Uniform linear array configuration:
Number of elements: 12
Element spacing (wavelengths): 0.5
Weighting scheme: exponential
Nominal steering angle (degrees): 60
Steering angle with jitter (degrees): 61.275
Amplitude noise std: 0.05
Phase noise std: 0.05

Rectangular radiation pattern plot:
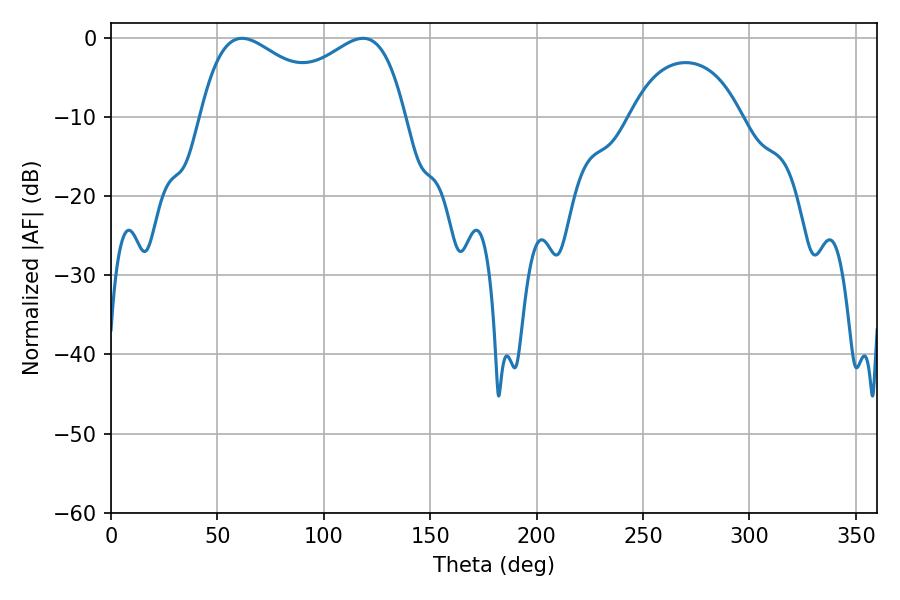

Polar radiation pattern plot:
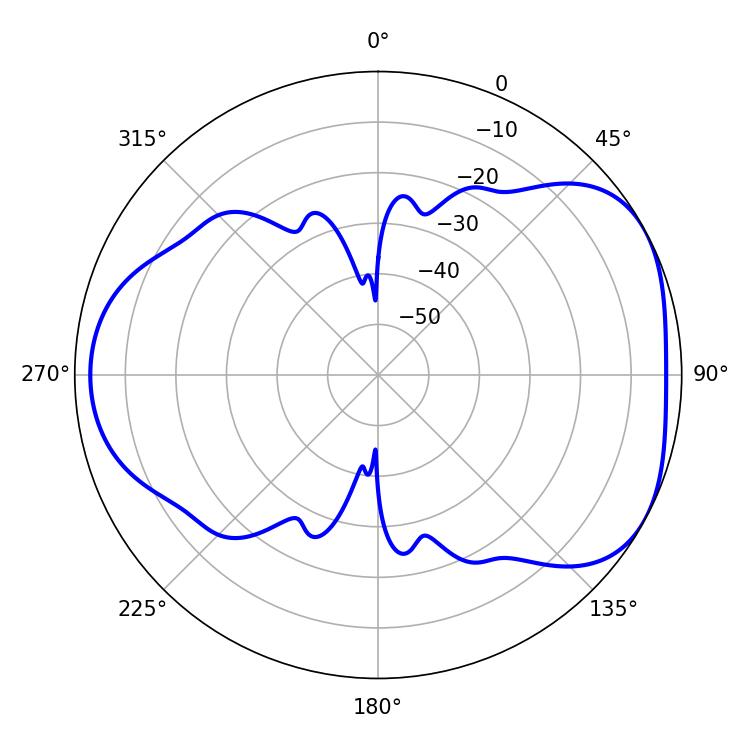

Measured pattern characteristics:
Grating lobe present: FALSE
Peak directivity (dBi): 4.667
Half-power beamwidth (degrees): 37.26
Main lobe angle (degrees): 61.56